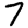
Digit: 7